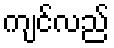
ကျင်လည်